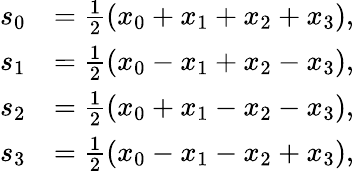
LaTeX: {\begin{array}{rl}{s_{0}}&{={\frac{1}{2}}(x_{0}+x_{1}+x_{2}+x_{3}),}\\ {s_{1}}&{={\frac{1}{2}}(x_{0}-x_{1}+x_{2}-x_{3}),}\\ {s_{2}}&{={\frac{1}{2}}(x_{0}+x_{1}-x_{2}-x_{3}),}\\ {s_{3}}&{={\frac{1}{2}}(x_{0}-x_{1}-x_{2}+x_{3}),}\end{array}}